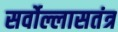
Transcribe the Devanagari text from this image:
सर्वोल्लासतंत्र